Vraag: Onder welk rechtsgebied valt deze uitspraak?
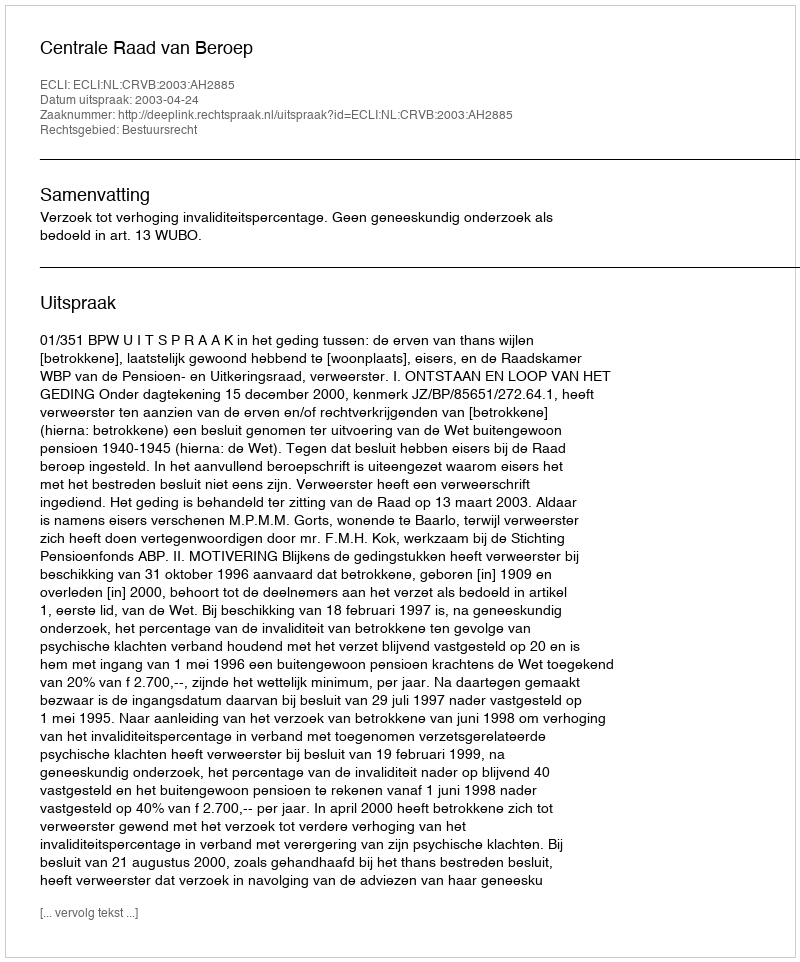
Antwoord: Bestuursrecht